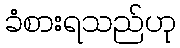
ခံစားရသည်ဟု